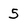
Character: 5